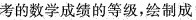
考的数学成绩的等级，绘制成